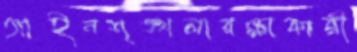
আইনশৃঙ্খলারক্ষাকারী